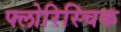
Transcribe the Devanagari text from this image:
फ्लोरिस्चिक